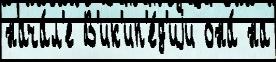
нача́л'е В'ик'ип'е́д'иjи она́ на